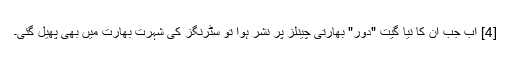
[4] اب جب ان کا نیا گیت "دور" بھارتی چینلز پر نشر ہوا تو سٹرنگز کی شہرت بھارت میں بھی پھیل گئی۔